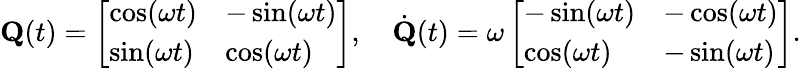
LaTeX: \mathbf{Q}(t)=\left[\begin{array}{ll}{\cos(\omega t)}&{-\sin(\omega t)}\\ {\sin(\omega t)}&{\cos(\omega t)}\end{array}\right],\quad\dot{\mathbf{Q}}(t)=\omega\left[\begin{array}{ll}{-\sin(\omega t)}&{-\cos(\omega t)}\\ {\cos(\omega t)}&{-\sin(\omega t)}\end{array}\right].